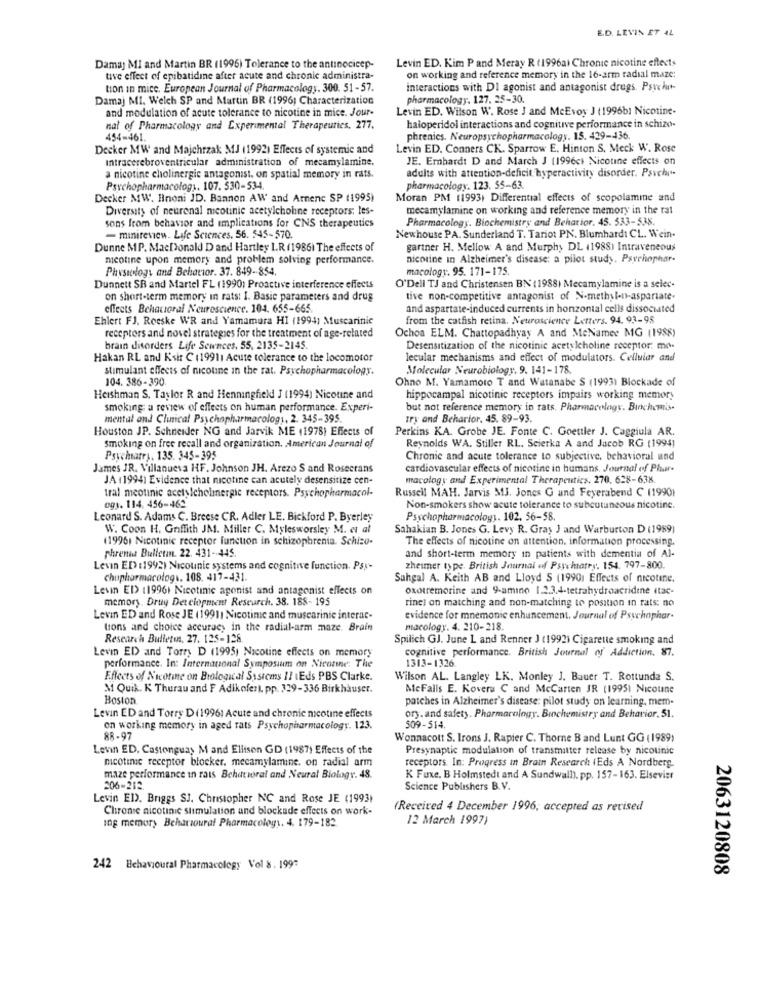
E.D. LEVIN ET AL
Levin ED. Kim Pand Meray R (1996al Chronic nicotine effects
Damaj MI and Martin BR (1996) Tolerance to the antinocicep-
tive effect of epibatidine after acute and chronic administra-
on working and reference memory in the 16-arm radial maze:
tion in mice. European Journal of Pharmacology. 300. 51-57.
interactions with DI agonist and antagonist drugs. Psychirt-
Damaj MI. Welch SP and Martin BR (1996; Characterization
pharmacology. 127. 25-30
and modulation of acute tolerance to nicotine in mice. Jour-
Levin ED. Wilson W. Rose J and MeEvoy J (1996b1 Nicotine-
nat of Pharmacology and Experimental Therapeutics, 277.
haloperidol interactions and cognitive performance in schizo-
454-461.
phrenics. Neuropsychopharmacology. 15. 429-436
Decker MW and Majchrzak MJ (1992) Effects of systemic and
Levin ED. Conners CK. Sparrow E. Hinton S. Meck W. Rose
Intracerebroventricular administration of mecamylamine.
JE. Erhardt D and March J (1996ct Nicotine effects on
adults with attention-deficit hyperactivity disorder. Psvchy.
a nicotine cholinergic antagonist, on spatial memory in rats.
Psychopharmacology. 107. 530-534.
pharmacology. 123. 55-63
Decker MW. Hnoni JD. Bannon AW and Armenc SP (1995)
Moran PM (1993) Differential effects of scopolamme and
Diversity of neuronal nicotinic acetylcholine receptors; les-
mecamylamine on working and reference memory in the rat
Pharmacology. Biochemistry and Behavior. 45. 533-538.
sons from behavior and implications for CNS therapeutics
- minireview. Life Sciences. 56. 545-570.
Newhouse PA. Sunderland T. Tariot PN. Blumhardt CL. Wein-
Dunne MP. MacDonald D and Hartley I.R (1986) The effects of
gartner H. Mellow A and Murphy DL (1988) Intraveneous
nicotine upon memory and problem solving performance.
nicotine in Alzheimer's disease: a pilot study. Psychophar-
Physiology and Behavior. 37. 849-854.
macology. 95. 171-175
Dunnett SR and Martel FL (1990) Proactive interference effects
O'Dell TJ and Christensen BN (1988) Mecamylamine is a selec-
on short-term memory in rats: I. Basic parameters and drug
tive non-competitive antagonist of N-methyl-n-aspartate.
effects Behavioral Neuroscience. 104. 655-665
and aspartate-induced currents in honzontal cells dissociated
Ehlert FJ. Reeske WR and Yamamura HI (1994) Muscarinic
from the catfish retina. Neuroscience Letters. 94. 93-98
Ochoa ELM. Chattopadhyay A and MeNamee MG (1988)
receptors and novel strategies for the treatment of age-related
brain disorders Life Sewnces, 55, 2135-2145.
Desensitization of the nicotinic acetylcholine receptor: mo-
Hakan RL and K'sir C (19911 Acute tolerance to the locomotor
lecular mechanisms and effect of modulators. Cellular and
stimulant effects of nicotine in the rat. Psychopharmacology.
Molecular Neurobiology, 9. 141-178.
104. 386-390
Ohno M. Yamamoto T and Watanabe S (1993) Blockade of
Heishman S. Taylor R and Henningfield J (1994) Nicotine and
hippocampal nicotinic receptors impairs working memory
smoking: a review of effects on human performance. Experi-
but not reference memory in rats. Pharmacology. Biochemis.
mental and Clinical Psychopharmacology, 2. 345-395.
try and Beharior. 45. 89-93.
Houston JP. Schneider NG and Jarvik ME (1978) Effects of
Perkins KA. Grobe JE. Fonte C. Goettler J. Caggiula AR.
Smoking on free recall and organization. American Journal of
Reynolds WA. Stiller RL. Seierka A and Jacob RG (1994)
Psychiatry. 135. 345-395
Chronic and acute tolerance to subjective, behavioral and
James JR. Villanueva HF. Johnson JH. Arezo S and Rosecrans
cardiovascular effects of nicotine in humans. Journal of Pluar-
JA (1994) Evidence that nicotine can acutely desensitize cen-
macology and Experimental Therapeutics. 270. 628-638.
tral meotinic acetylcholinergic receptors. Psychopharmacol-
Russell MAH. Jarvis MJ. Jones G and Feyerabend C (19901
0gs. 114, 456-462
Non-smokers show acute tolerance to subcutaneous nicotine.
Leonard S. Adams C. Breese CR. Adler LE. Bickford P. Byerley
Psychopharmacology. 102. 56-58.
W. Coon H. Griffith JM. Miller C. Mylesworsley M. et al
Sahakian B. Jones G. Levy R. Gray J and Warburton D (1989)
(1996) Nicotinic receptor function in schizophrenia. Schizo-
The effects of nicotine on attention. information processing.
phrenthat Bulletin. 22. 431-445.
and short-term memory in patients with dementia of Al-
Levin ED :1992) Nicounie systems and cognitive function. Psy-
zheiner type. British Journal of Psychiatry. 154. 797-800.
chupharmacologs. 108. 417-431.
Sahgal A. Keith AB and Lloyd S (19901 Effects of nicotine.
Lesin ED (1996) Nicotinic agonist and antagonist effects on
oxotremorine and 9-amino 1.2.3.4-tetrahydroacridine itac-
memory. Drug Detclopment Research. 38. 188- 195
rinel on matching and non-matching to position in rats: no
Levin ED and Rose JE (19911 Nicotinic and muscarinie interac-
evidence for mnemonic enhuncement. Journal of Psychophar.
tions and choice accuracy in the radial-arm maze. Brain
macology. 4. 210-218.
Research Bulletin. 27. 125-128
Spilich GJ. June L and Renner J (1992) Cigarette smoking and
Levi ED and Torry D (1995) Nicotine effects on memory
cognitive performance. British Journal of Addiction. 87.
performance. In: International Symposium on Nicotine: The
1313-1326
Effects of Nicotine on Biological Systems !! (Eds PBS Clarke.
Wilson AL. Langley LK. Monley J. Bauer T. Rottunda S.
M Quik. K Thurau and F Adikofer), pp. 329-336 Birkhäuser.
MeFalls E. Kovers C and McCarten JR (1995) Nicoune
Boston
patches in Alzheimer's disease: pilot study on learning, mem-
Levin ED and Torry D (1996: Acute and chronic nicotine effects
ory. and safety. Pharmacology. Biochemistry and Behavior. 51.
on working memory in aged rats Psychopharmacology. 123.
509-514.
AR-97
Wonnacott S. Irons J. Rapier C. Thorne Band Lunt GG (1989)
Levin ED, Castonguay M and Ellison GD (1987) Effects of the
Presynaptic modulation of transmitter release by nicotinie
mcotime receptor blocker, mecamylamine. on radial arm
receptors. In: Progress in Brain Research (Eds A Nordberg.
maze performance in rats Bchitioral and Neural Biology. 48.
K Fuxe. B Holmstedt and A Sundwall). pp. 157-163. Elsevier
206-212
Science Publishers B.V.
Levin ED. Briggs SJ. Christopher NC and Rose JE (1993)
Chironse nicotinic stimulation and blockade effects on work-
(Received 4 December 1996; accepted as revised
12 March 1997)
10g memory Behavioural Pharmacology. 4. 179-182
242 Behavioural Pharmacology Vol &. 1997
2063120808